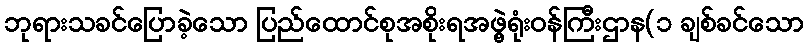
ဘုရားသခင်ပြောခဲ့သော ပြည်ထောင်စုအစိုးရအဖွဲ့ရုံးဝန်ကြီးဌာန(၁ ချစ်ခင်သော